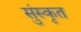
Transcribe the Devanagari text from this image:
सुंस्कृत